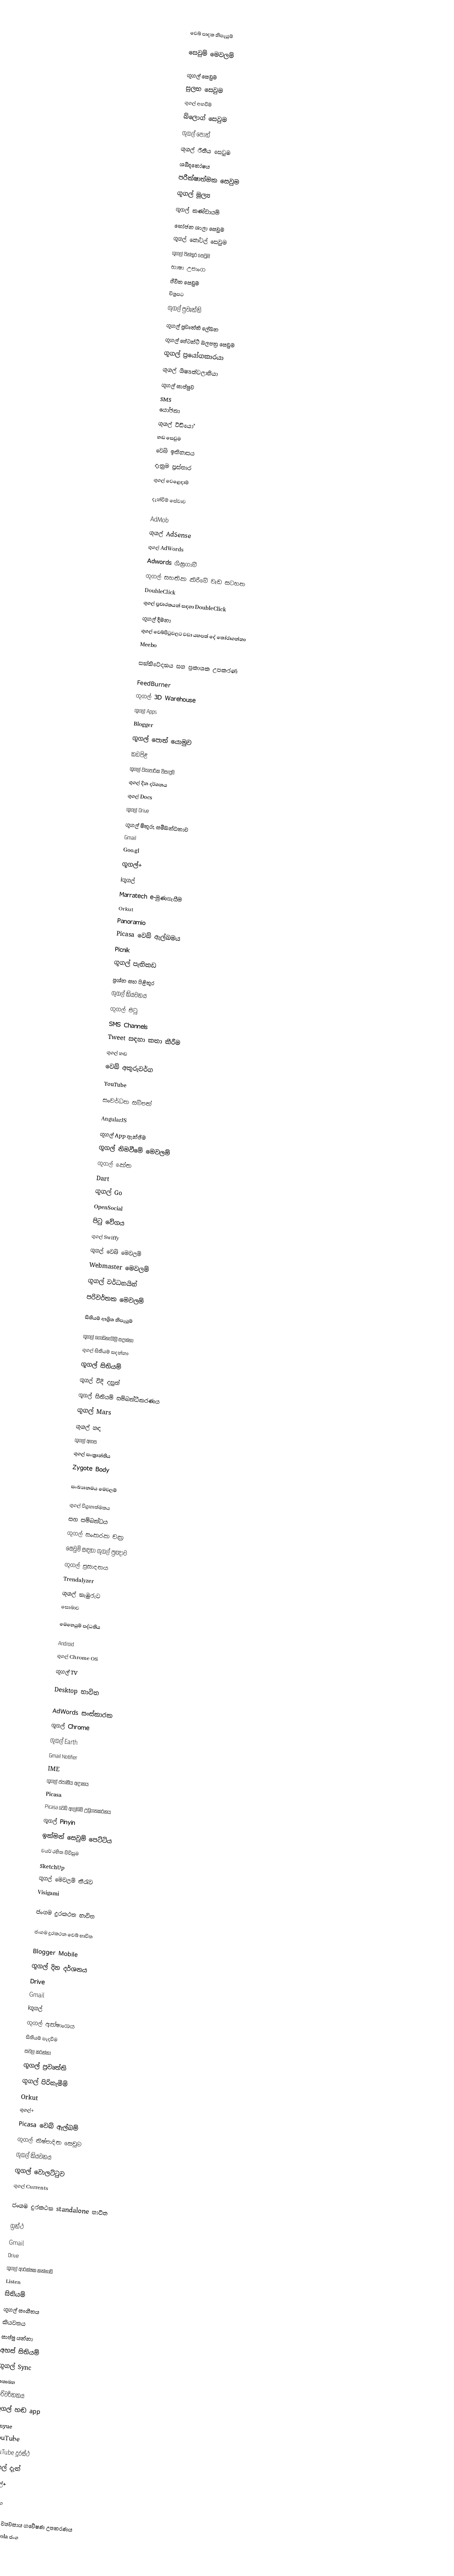

වෙබ් පාදක නිපැයුම්

සෙවුම් මෙවලම්

ගූගල් සෙවුම
සුලභ සෙවුම
ගූගල් අඟවීම්
බ්ලොග් සෙවුම
ගූගල් පොත්
ගූගල් රීතීය සෙවුම
ශබ්දකෝෂය
පරීක්ෂාත්මක සෙවුම
ගූගල් මූල්‍ය
ගූගල් කණ්ඩායම්
භෝජන ශාලා සෙවුම
ගූගල් හෝටල් සෙවුම
ගූගල් පින්තූර සෙවුම
භාෂා උපාංග
ජීවිත සෙවුම
චිත්‍රපට
ගූගල් ප්‍රවෘත්ති
ගූගල් ප්‍රවෘත්ති ලේඛන
ගූගල් පේටන්ට් බලපත්‍ර සෙවුම
ගූගල් ප්‍රයෝගකාරයා
ගූගල් ශිෂ්‍යත්වලාභියා
ගූගල් සාප්පුව
SMS
යෝජනා
ගූගල් වීඩියෝ
හඬ සෙවුම
වෙබ් ඉතිහාසය
දැනුම ප්‍රස්තාර
ගූගල් වෙළෙඳාම්

දැන්වීම් සේවාව

AdMob
ගූගල් AdSense
ගූගල් AdWords
Adwords ශීඝ්‍රගාමී
ගූගල් සහතික කිරීමේ වැඩ සටහන
DoubleClick
ගූගල් ප්‍රචාරකය‍න් සඳහා DoubleClick
ගූගල් දීමනා
ගූගල් වෙබ්පිටුවලට වඩා යහපත් දේ තෝරාගන්නා
Meebo

සන්නිවේදනය සහ ප්‍රකාශක උපකරණ

FeedBurner
ගූගල් 3D Warehouse
ගූගල් Apps
Blogger
ගූගල් පොත් යොමුව
කඩපිළ
ගූගල් ව්‍යාපාරික විසඳුම්
ගූගල් දින දර්ශනය
ගූගල් Docs
ගූගල් Drive
ගූගල් මිතුරු සම්බන්ධතාව
Gmail
Goo.gl
ගූගල්+
iගූගල්
Marratech e-මුණගැසීම
Orkut
Panoramio
Picasa වෙබ් ඇල්බමය
Picnik
ගූගල් පැතිකඩ
ප්‍රශ්න සහ පිළිතුර
ගූගල් කියවනය
ගූගල් පිටු
SMS Channels
Tweet සඳහා කතා කීරීම
ගූගල් හඬ
වෙබ් අකුරුවර්ග
YouTube

සංවර්ධන සම්පත්

AngularJS
ගූගල් App ඇන්ජිම
ගූගල් නිමවීමේ මෙවලම්
ගූගල් කේත
Dart
ගූගල් Go
OpenSocial
පිටු වේගය
ගූගල් Swiffy
ගූගල් වෙබ් මෙවලම්
Webmaster මෙවලම්
ගූගල් වර්ධනයින්
පරිවර්තක මෙවලම්

සිතියම් ආශ්‍රිත නිපැයුම්

ගූගල් ගොඩනැගිලි සදන්නා
ගූගල් සිතියම් සදන්නා
ගූගල් සිතියම්
ගූගල් වීදි දසුන්
ගූගල් සිතියම් සම්බන්ධීකරණය
ගූගල් Mars
ගූගල් හඳ
ගූගල් අහස
ගූගල් සංක්‍රාන්තිය
Zygote Body

සංඛ්‍යානමය මෙවලම්

ගූගල් විග්‍රහාත්මකය
සහ සම්බන්ධය
ගූගල් සංකරක චක්‍ර
සෙවුම් සඳහා ගූගල් ප්‍රඥාව
ගූගල් ප්‍රසාදනය
Trendalyzer
ගූගල් නැඹුරුව
සොබාව

මෙහෙයුම් පද්ධතිය

Android
ගූගල් Chrome OS
ගූගල් TV

Desktop භාවිත

AdWords සංස්කාරක
ගූගල් Chrome
ගූගල් Earth
Gmail Notifier
IME
ගූගල් ජපානීය අදානය
Picasa
Picasa වෙබ් ඇල්බමි උඩුගතකරනය
ගූගල් Pinyin
ඉක්මන් සෙවුම් පෙට්ටිය
වයර් රහිත පිවිසුම
SketchUp
ගූගල් මෙවලම් තීරැව
Visigami

ජංගම දුරකථන භාවිත

ජංගම දුරකථන වෙබ් භාවිත

Blogger Mobile
ගූගල් දින දර්ශනය
Drive
Gmail
iගූගල්
ගූගල් අක්ෂාංශය
සිතියම් පැදවීම
සචල කරන්නා
ගූගල් ප්‍රවෘත්ති
ගූගල් පිරිනැමීම්
Orkut
ගූගල්+
Picasa වෙබ් ඇල්බම්
ගූගල් නිෂ්පාදිත සෙවුම
ගූගල් කියවනය
ගූගල් වොලට්ටුව
ගූගල් Currents

ජංගම දුරකථන standalone භාවිත

ග්‍රන්ථ
Gmail
Drive
ගූගල් ආරක්ෂක කන්නාඩි
Listen
සිතියම්
ගූගල් සංගීතය
කියවනය
සාප්පු‍ යන්නා
අහස් සිතියම්
ගූගල් Sync
කතාබහ
පරිවර්තකය
ගූගල් හඬ app
Yinyue
YouTube
YouTube දූරස්ථ
ගූගල් දැන්
ගූගල්+

දෘඩාංග

ගූගල් ව්‍යවසාය ගවේෂණ උපකරණය
Motorola ජංග